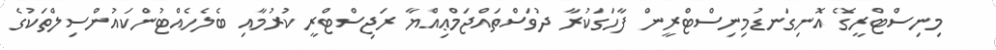
މިނިސްޓްރީގެ އޮނިގަނޑުމިނިސްޓްރީން ފާހަގަކުރާ ދުވަސްތައްޖަމްޢިއްޔާ ރަޖިސްޓްރީ ކުރުމާއި ބެލެހެއްޓުންކައުންސިލްތަކުގެ